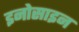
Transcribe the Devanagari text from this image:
इनोसाइन